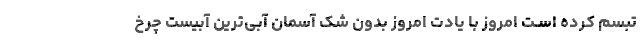
تبسم کرده اسـت امروز با یادت امروز بدون شک آسمان آبی‌ترین آبیست چرخ